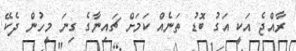
ރާއްޖެ އަކީ އަގު ބޮޑު ތަނެއް ކަމަށް ޗައިނާގެ ގިނަ މީހުން ދެކޭ